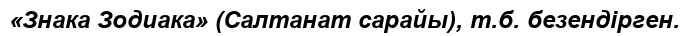
«Знака Зодиака» (Салтанат сарайы), т.б. безендірген.